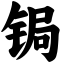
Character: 锔